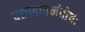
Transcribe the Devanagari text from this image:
दशाहांतर्नदोषः